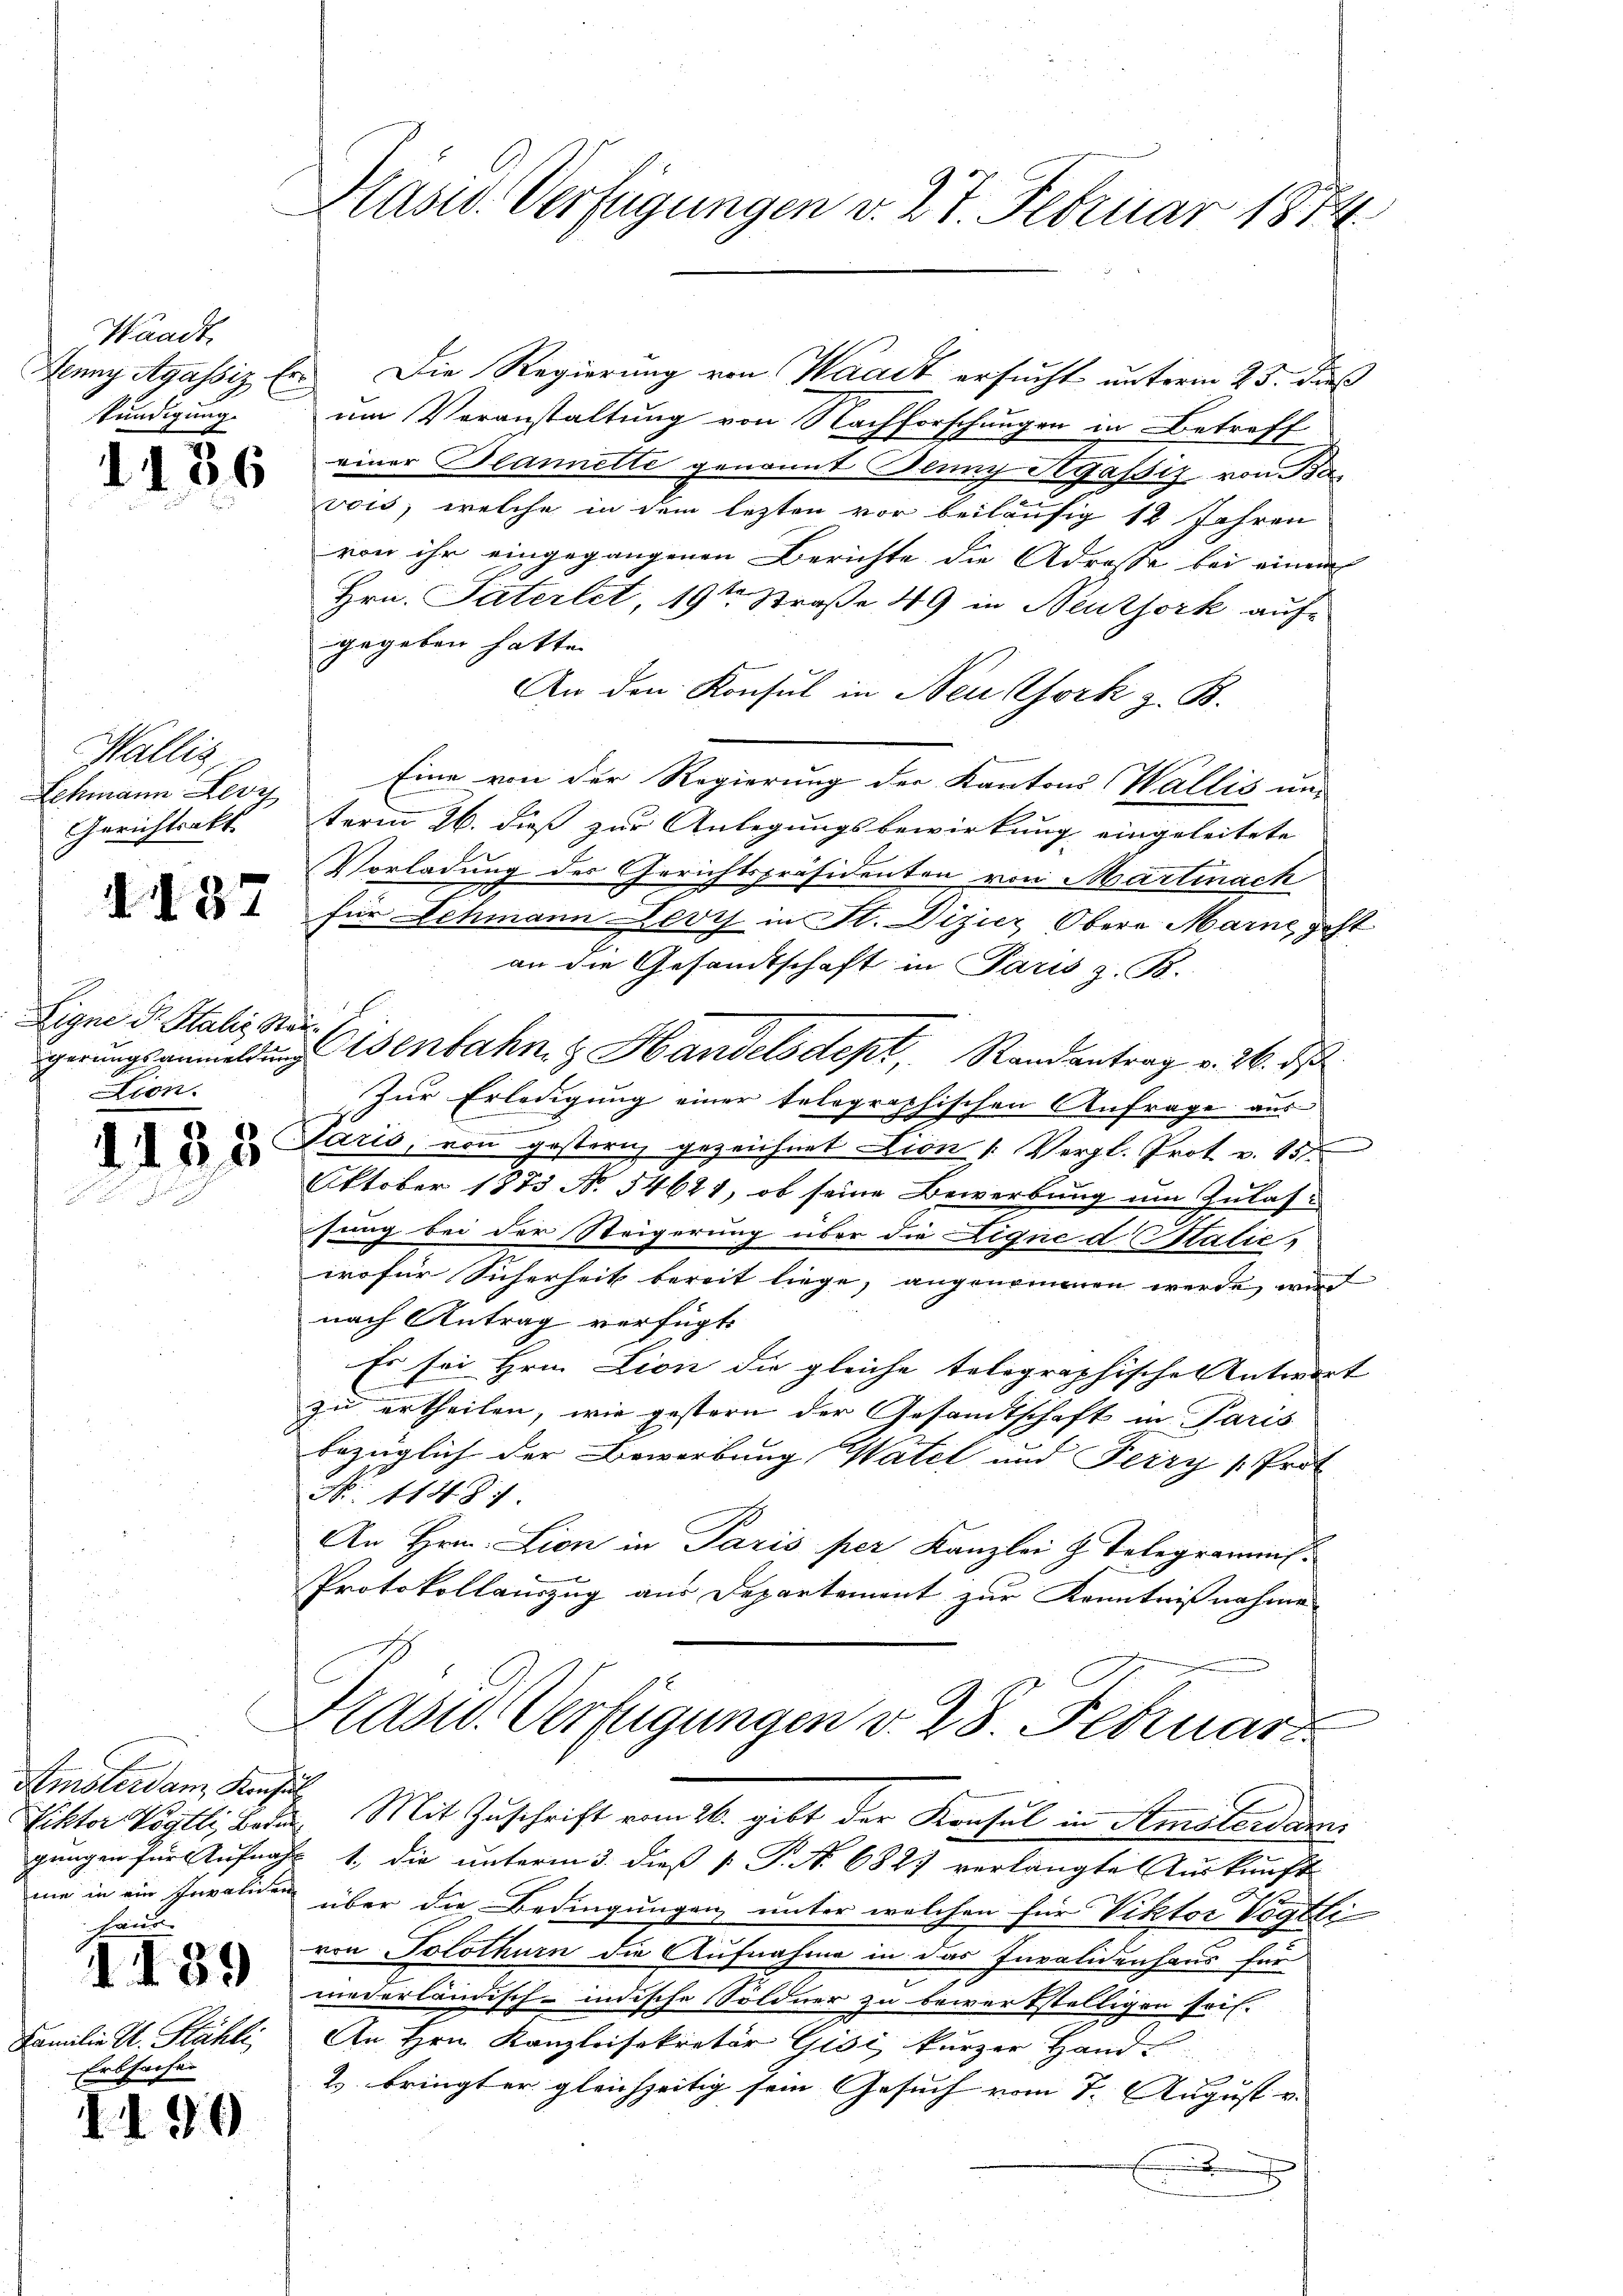
Waadt,
kündigung.

1136

Wallis
Gerichtsakt

d137

Eigne dr. Italis Stan¬
Lion.

Amsterdanz Konsul
h
1439
Familie St. Kähle,
Erbsache

1190

Präsid. Verfügungen v. 27. Februar 1874

Juny Agassiz Er. Die Regierung von Waadt ersucht unterm 25. dieß
um Veranstaltung von Nachforschungen in Betreff
einer Blannette genannt Blung Hyassiz, von Bavois, welche in dem lezten vor beiläufig 12 Jahren
von ihr eingegangenen Berichte die Adresse bei einem
Hrn. Paterlet, 19ten Straße 49 in Beuthork auf
gegeben hatte.
An den Konsul in Neu York z. B.
Schmann Levy Eine von der Regierung der Kantons Wallis um
term 26. dieß zur Anlegungsbewirkung eingeleitete
Vorladung des Gerichtspräsidenten von Martinach
für Schmann Devis in St. Dizier Obera Marne, post
an die Gesandtschaft in Paris z. B.
gerungsanmeldung Wenbahn & Handelsdept, Randantrag v. 26. ds
Zur Erledigung einer telegraphischen Anfrage aus
.
u u Paris, von gestern gezeichnet Lion (Vergl. Prof. v. 15.
Oktober 1873 No 54641, ob seine Bewerbung um Zulas
sung bei der Steigerung über die Lique d Italie
wofür Sicherheit bereit liege, angenommen werde, wird
nach Antrag verfügt
Es sei Hrn. Lion die gleiche telegraphischen Antwort |
zu ertheilen, wie gestern der Gesandtschaft in Paris
bezüglich der Bewerbung Watel und Feizy  Prot
No. 11481.
An Hrn. Lion in Paris per Kanzlei z. Telegramms.
Protokollanzug aus Departement zur Kenntnißnahme
Prasid. Verfügungen v. 28. Februar
Piktor Voglli, beden. Mit Zuschrift vom 26. gibt der Konsul in Amsterdar
gungen für Aufnahms 1. die unterm 3. dieß P. R. 6827 verlangte Auskunft
ne in ein Invalien über die Bedingungen unter welchen für Viktor Vögtli
von Solothurn die Aufnahme in das Invalidenhaus für
niederländisch-indische Söldner zu bewerkstelligen sei.
An Hrn. Kanzleisekretär Gisi, kurzer Hand
g
2 bringter gleichzeitig sein Gesuch vom 7. August v.